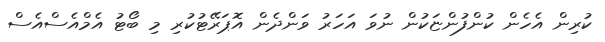
ކުރިން އެހެން ކުންފުންޏަކުން ނުވަ އަހަރު ވަންދެން އޮޕަރޭޓުކުރި މި ބޯޓު އެމްއެސްއެސް